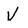
Character: V